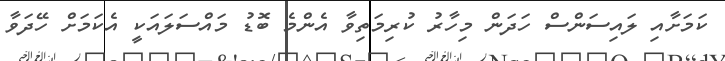
ކަމަށާއި ލައިސަންސް ހަދަން މިހާރު ކުރިމަތިވާ އެންމެ ބޮޑު މައްސަލައަކީ އެކަމަށް ހޭދަވާ